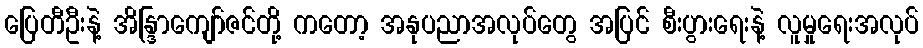
ပြေတီဦးနဲ့ အိန္ဒြာကျော်ဇင်တို့ ကတော့ အနုပညာအလုပ်တွေ အပြင် စီးပွားရေးနဲ့ လူမှုရေးအလုပ်